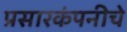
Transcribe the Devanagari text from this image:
प्रसारकंपनीचे